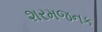
શરમજનક